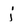
Character: j